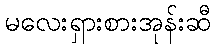
မလေးရှားစားအုန်းဆီ